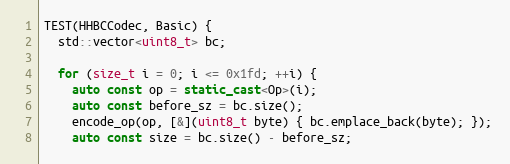
Language: C++
TEST(HHBCCodec, Basic) {
  std::vector<uint8_t> bc;

  for (size_t i = 0; i <= 0x1fd; ++i) {
    auto const op = static_cast<Op>(i);
    auto const before_sz = bc.size();
    encode_op(op, [&](uint8_t byte) { bc.emplace_back(byte); });
    auto const size = bc.size() - before_sz;